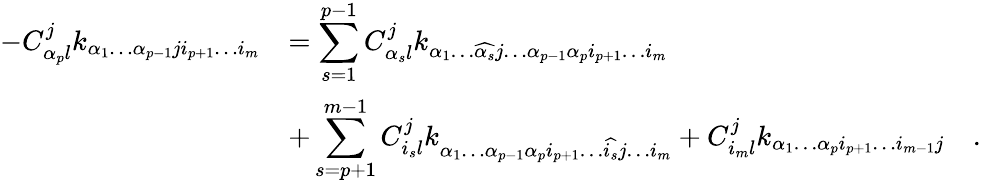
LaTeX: \begin{array}{ll}{{\displaystyle-C_{\alpha_{p}l}^{j}k_{\alpha_{1}\dots\alpha_{p-1}ji_{p+1}\dots i_{m}}}}&{{=\displaystyle\sum_{s=1}^{p-1}C_{\alpha_{s}l}^{j}k_{\alpha_{1}\dots\widehat{\alpha_{s}}j\dots\alpha_{p-1}\alpha_{p}i_{p+1}\dots i_{m}}}}\\ {{}}&{{+\displaystyle\sum_{s=p+1}^{m-1}C_{i_{s}l}^{j}k_{\alpha_{1}\dots\alpha_{p-1}\alpha_{p}i_{p+1}\dots\widehat{i_{s}}j\dots i_{m}}+C_{i_{m}l}^{j}k_{\alpha_{1}\dots\alpha_{p}i_{p+1}\dots i_{m-1}j}\quad.}}\end{array}